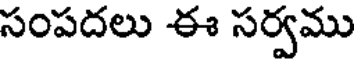
సంపదలు ఈ సర్వము